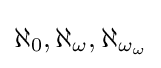
\aleph _{0},\aleph _{\omega },\aleph _{\omega _{\omega }}